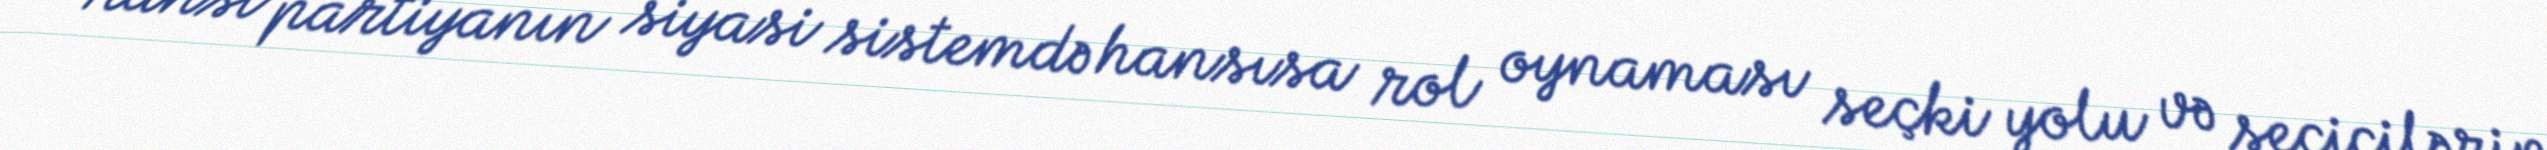
Hansı partiyanın siyasi sistemdə hansısa rol oynaması seçki yolu və seçicilərin